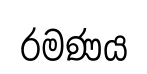
රමණය